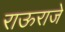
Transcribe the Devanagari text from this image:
राऊराजे